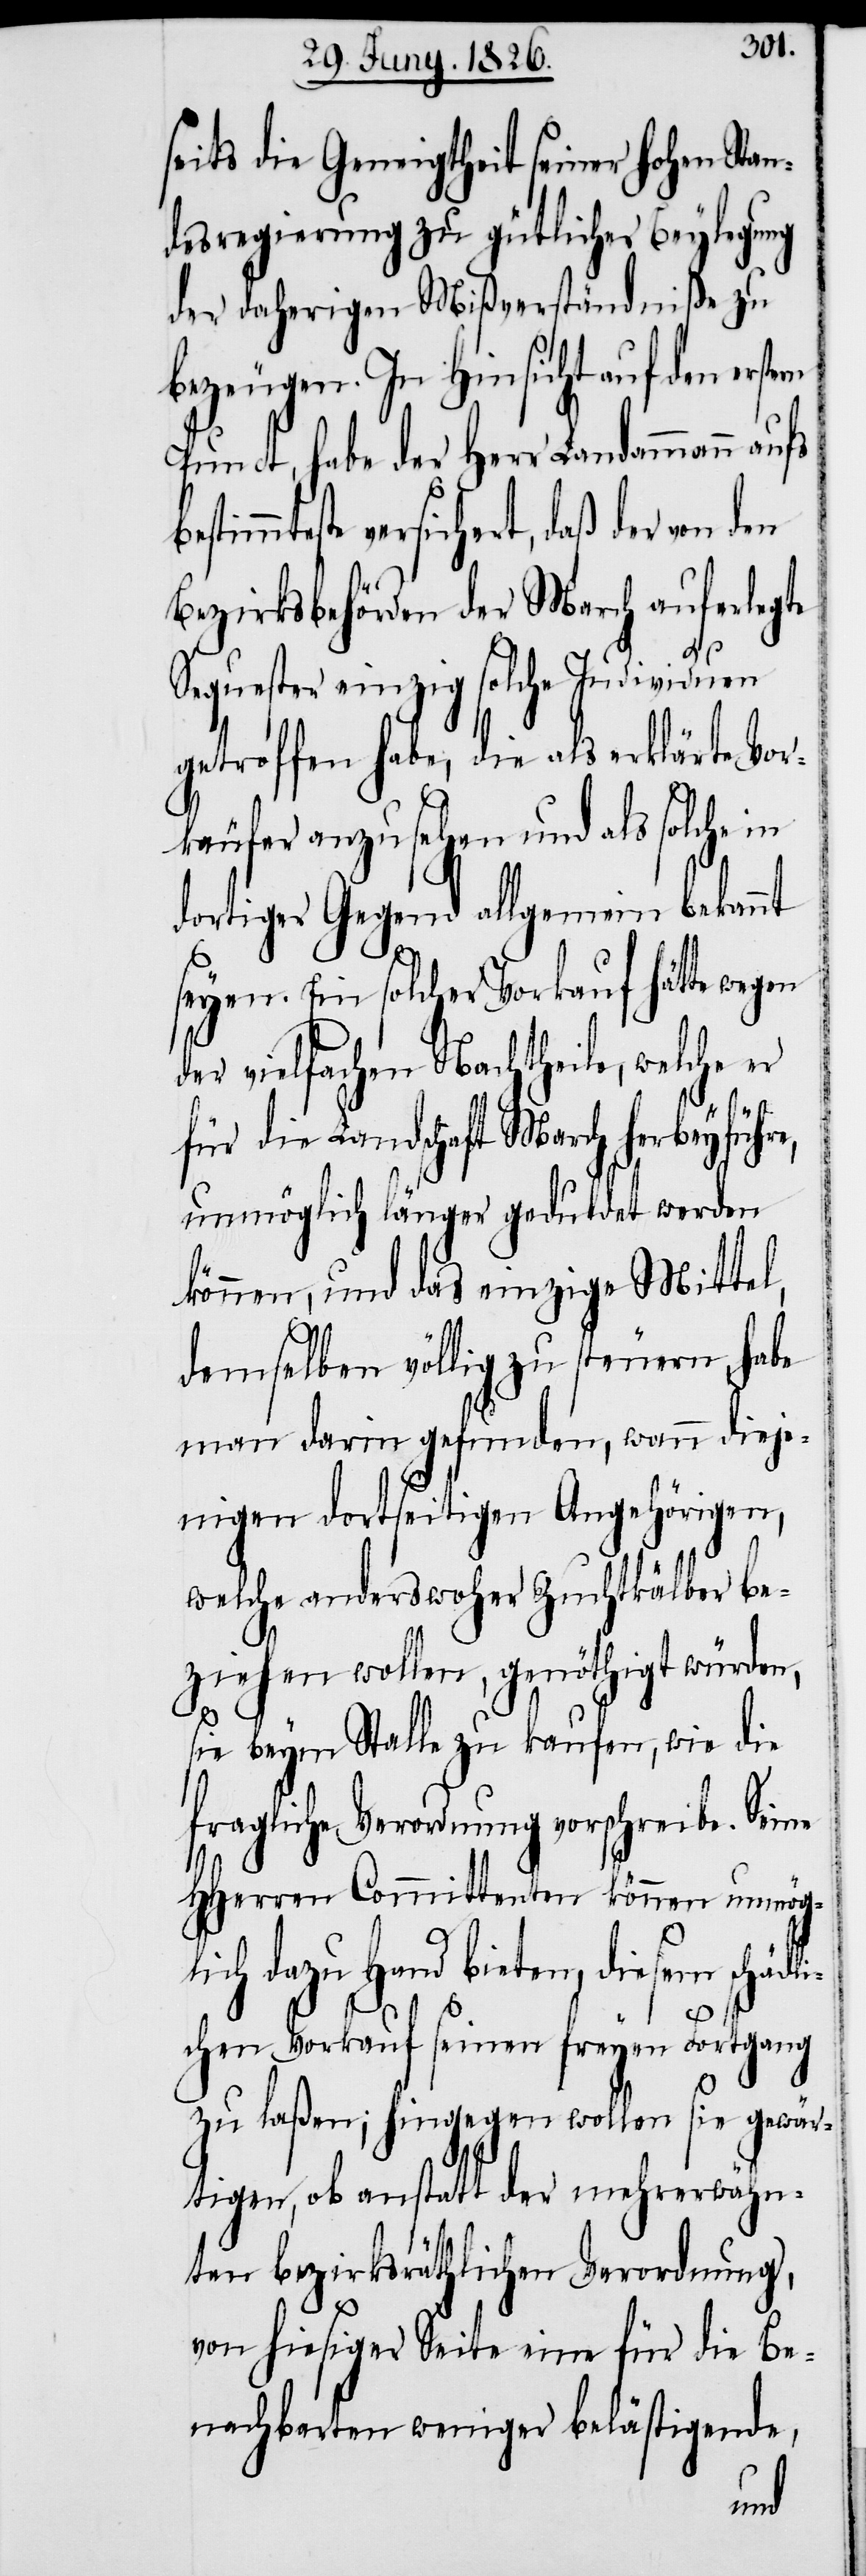
seits die Geneigtheit seiner hohen Stan¬
desregierung zu gütlicher Beylegung
der daherigen Mißverständniße zu
bezeugen. In Hinsicht auf den er¬
Punct, habe der Herr Landammann aufs
timmteste versichert, daß der von den
Bezirksbehörden der March auferlegte
Sequester einzig solche Individuen
getroffen habe, die als erklärte Vor¬
käufer anzusehen und als solche in
dortiger Gegend allgemein bekannt
seyen. Ein solcher Vorkauf hätte
der vielfachen Nachtheile, welche er
sten
für die Landschaft March herbeyführe,
unmöglich länger geduldet werden
können, und das einzige Mittel,
demselben völlig zu steuern, habe
man darin gefunden, wann dieje¬
nigen dortseitigen Angehörigen,
welche anderswoher Zuchtkälber be¬
ziehen wollen, genöthigt würden,
sie beym Stalle zu kaufen, wie die
fragliche Verordnung vorschreibe. Seine
HHerren Committenten können unmögli¬
ch dazu Hand bieten, diesem schäd¬
chen Vorkauf seinen freyen Fortgang
zu laßen; hingegen wollen sie gewär¬
li¬
tigen, ob anstatt der mehrerwähn¬
ten bezirksräthlichen Verordnung,
von hiesiger Seite eine für die Be¬
nachbarten weniger belästigende,